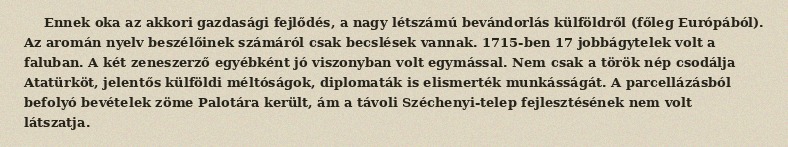
Ennek oka az akkori gazdasági fejlődés, a nagy létszámú bevándorlás külföldről (főleg Európából). Az aromán nyelv beszélőinek számáról csak becslések vannak. 1715-ben 17 jobbágytelek volt a faluban. A két zeneszerző egyébként jó viszonyban volt egymással. Nem csak a török nép csodálja Atatürköt, jelentős külföldi méltóságok, diplomaták is elismerték munkásságát. A parcellázásból befolyó bevételek zöme Palotára került, ám a távoli Széchenyi-telep fejlesztésének nem volt látszatja.